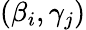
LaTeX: (\beta_{i},\gamma_{j})